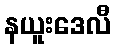
နယူးဒေလီ